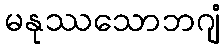
မနုဿသောဘဂျံ